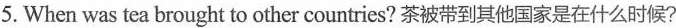
5.When was tea brought to other countries?茶被带到其他国家是在什么时候?